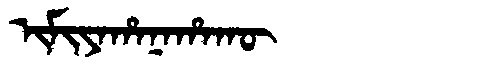
Manchu: ᡳᠮᡳᠶᠠᡥᠠᠨᠠᡥᠠᡴᡡ
Romanization: IMIYAHANAHAKŪ